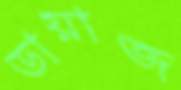
ডায়াজ